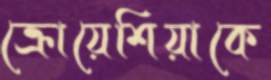
ক্রোয়েশিয়াকে